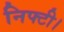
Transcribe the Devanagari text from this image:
निफ्टी।